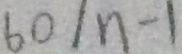
6 0 / n - 1